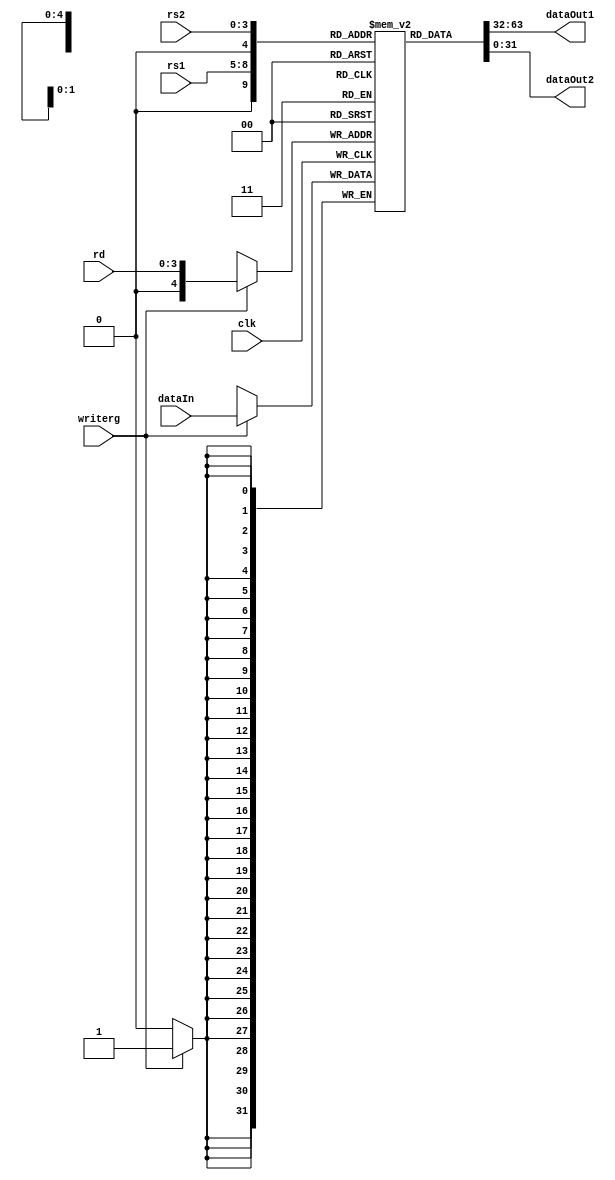
module RegisterFile (clk, writerg, rd, rs1, rs2, dataIn, dataOut1, dataOut2);

	input clk;
	input writerg;
	input [3: 0] rd, rs1, rs2;
	input [31: 0] dataIn;
	output [31: 0] dataOut1, dataOut2;
	
	reg[31: 0] data [0: (1 << 4)];
	
	always @(posedge clk)
		
		//write
		if (writerg == 1'b1)
			data[rd] <= dataIn;
	
	//read
	assign dataOut1 = data[rs1];
	assign dataOut2 = data[rs2];
	
endmodule